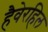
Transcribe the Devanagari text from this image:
हैवेरहिल